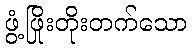
ဖွံ့ဖြိုးတိုးတက်သော